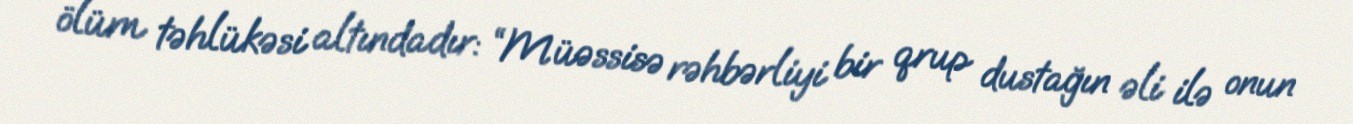
ölüm təhlükəsi altındadır: “Müəssisə rəhbərliyi bir qrup dustağın əli ilə onun